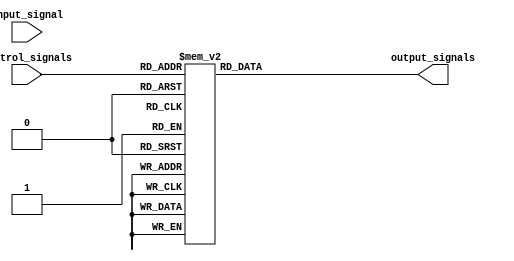
module demux_1to8 (
    input wire input_signal,
    input wire [2:0] control_signals,
    output reg [7:0] output_signals
);

always @(*)
begin
    case (control_signals)
        3'b000: output_signals = 8'b00000001;
        3'b001: output_signals = 8'b00000010;
        3'b010: output_signals = 8'b00000100;
        3'b011: output_signals = 8'b00001000;
        3'b100: output_signals = 8'b00010000;
        3'b101: output_signals = 8'b00100000;
        3'b110: output_signals = 8'b01000000;
        3'b111: output_signals = 8'b10000000;
        default: output_signals = 8'b00000000;
    endcase
end

endmodule